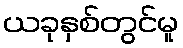
ယခုနှစ်တွင်မူ